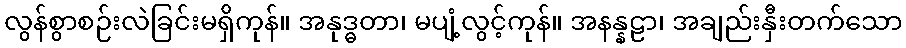
လွန်စွာစဉ်းလဲခြင်းမရှိကုန်။ အနုဒ္ဓတာ၊ မပျံ့လွင့်ကုန်။ အနန္နဠာ၊ အချည်းနှီးတက်သော